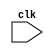
module clk_trigger (
    input wire clk,
    /* other input and output declarations */
);

always @(posedge clk) begin
    /* sequential or combinational logic operations */
end

endmodule